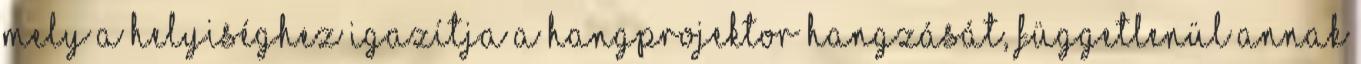
mely a helyiséghez igazítja a hangprojektor hangzását, függetlenül annak